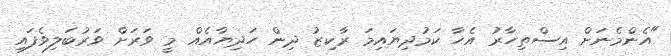
"އެންމެނަށް އިސްތިހާރު އެހާ ކަމުދިޔައިމަ ރާކިޒު ދިން ހަދިޔާއެއް މީ ވަރަށް ވަރުބަލިވެފައި